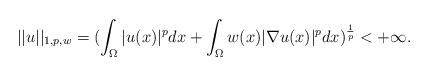
LaTeX: \begin{align*}||u||_{1,p,w}=(\int_{\Omega}|u(x)|^{p}dx+\int_{\Omega}w(x)|\nabla u(x)|^{p}dx)^\frac{1}{p}<+{\infty}.\end{align*}